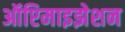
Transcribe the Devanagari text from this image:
ऑप्टिमाइझेशन